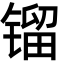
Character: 镏